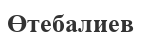
Өтебалиев